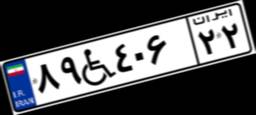
۶۹W۶۵۶۳۵